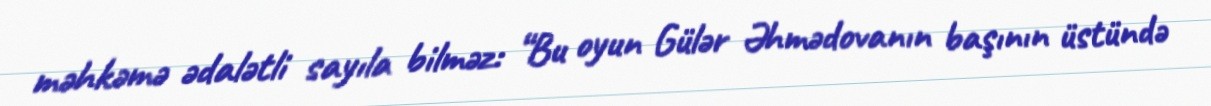
məhkəmə ədalətli sayıla bilməz: “Bu oyun Gülər Əhmədovanın başının üstündə